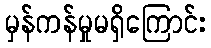
မှန်ကန်မှုမရှိကြောင်း